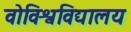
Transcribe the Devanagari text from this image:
वोविश्वविद्यालय